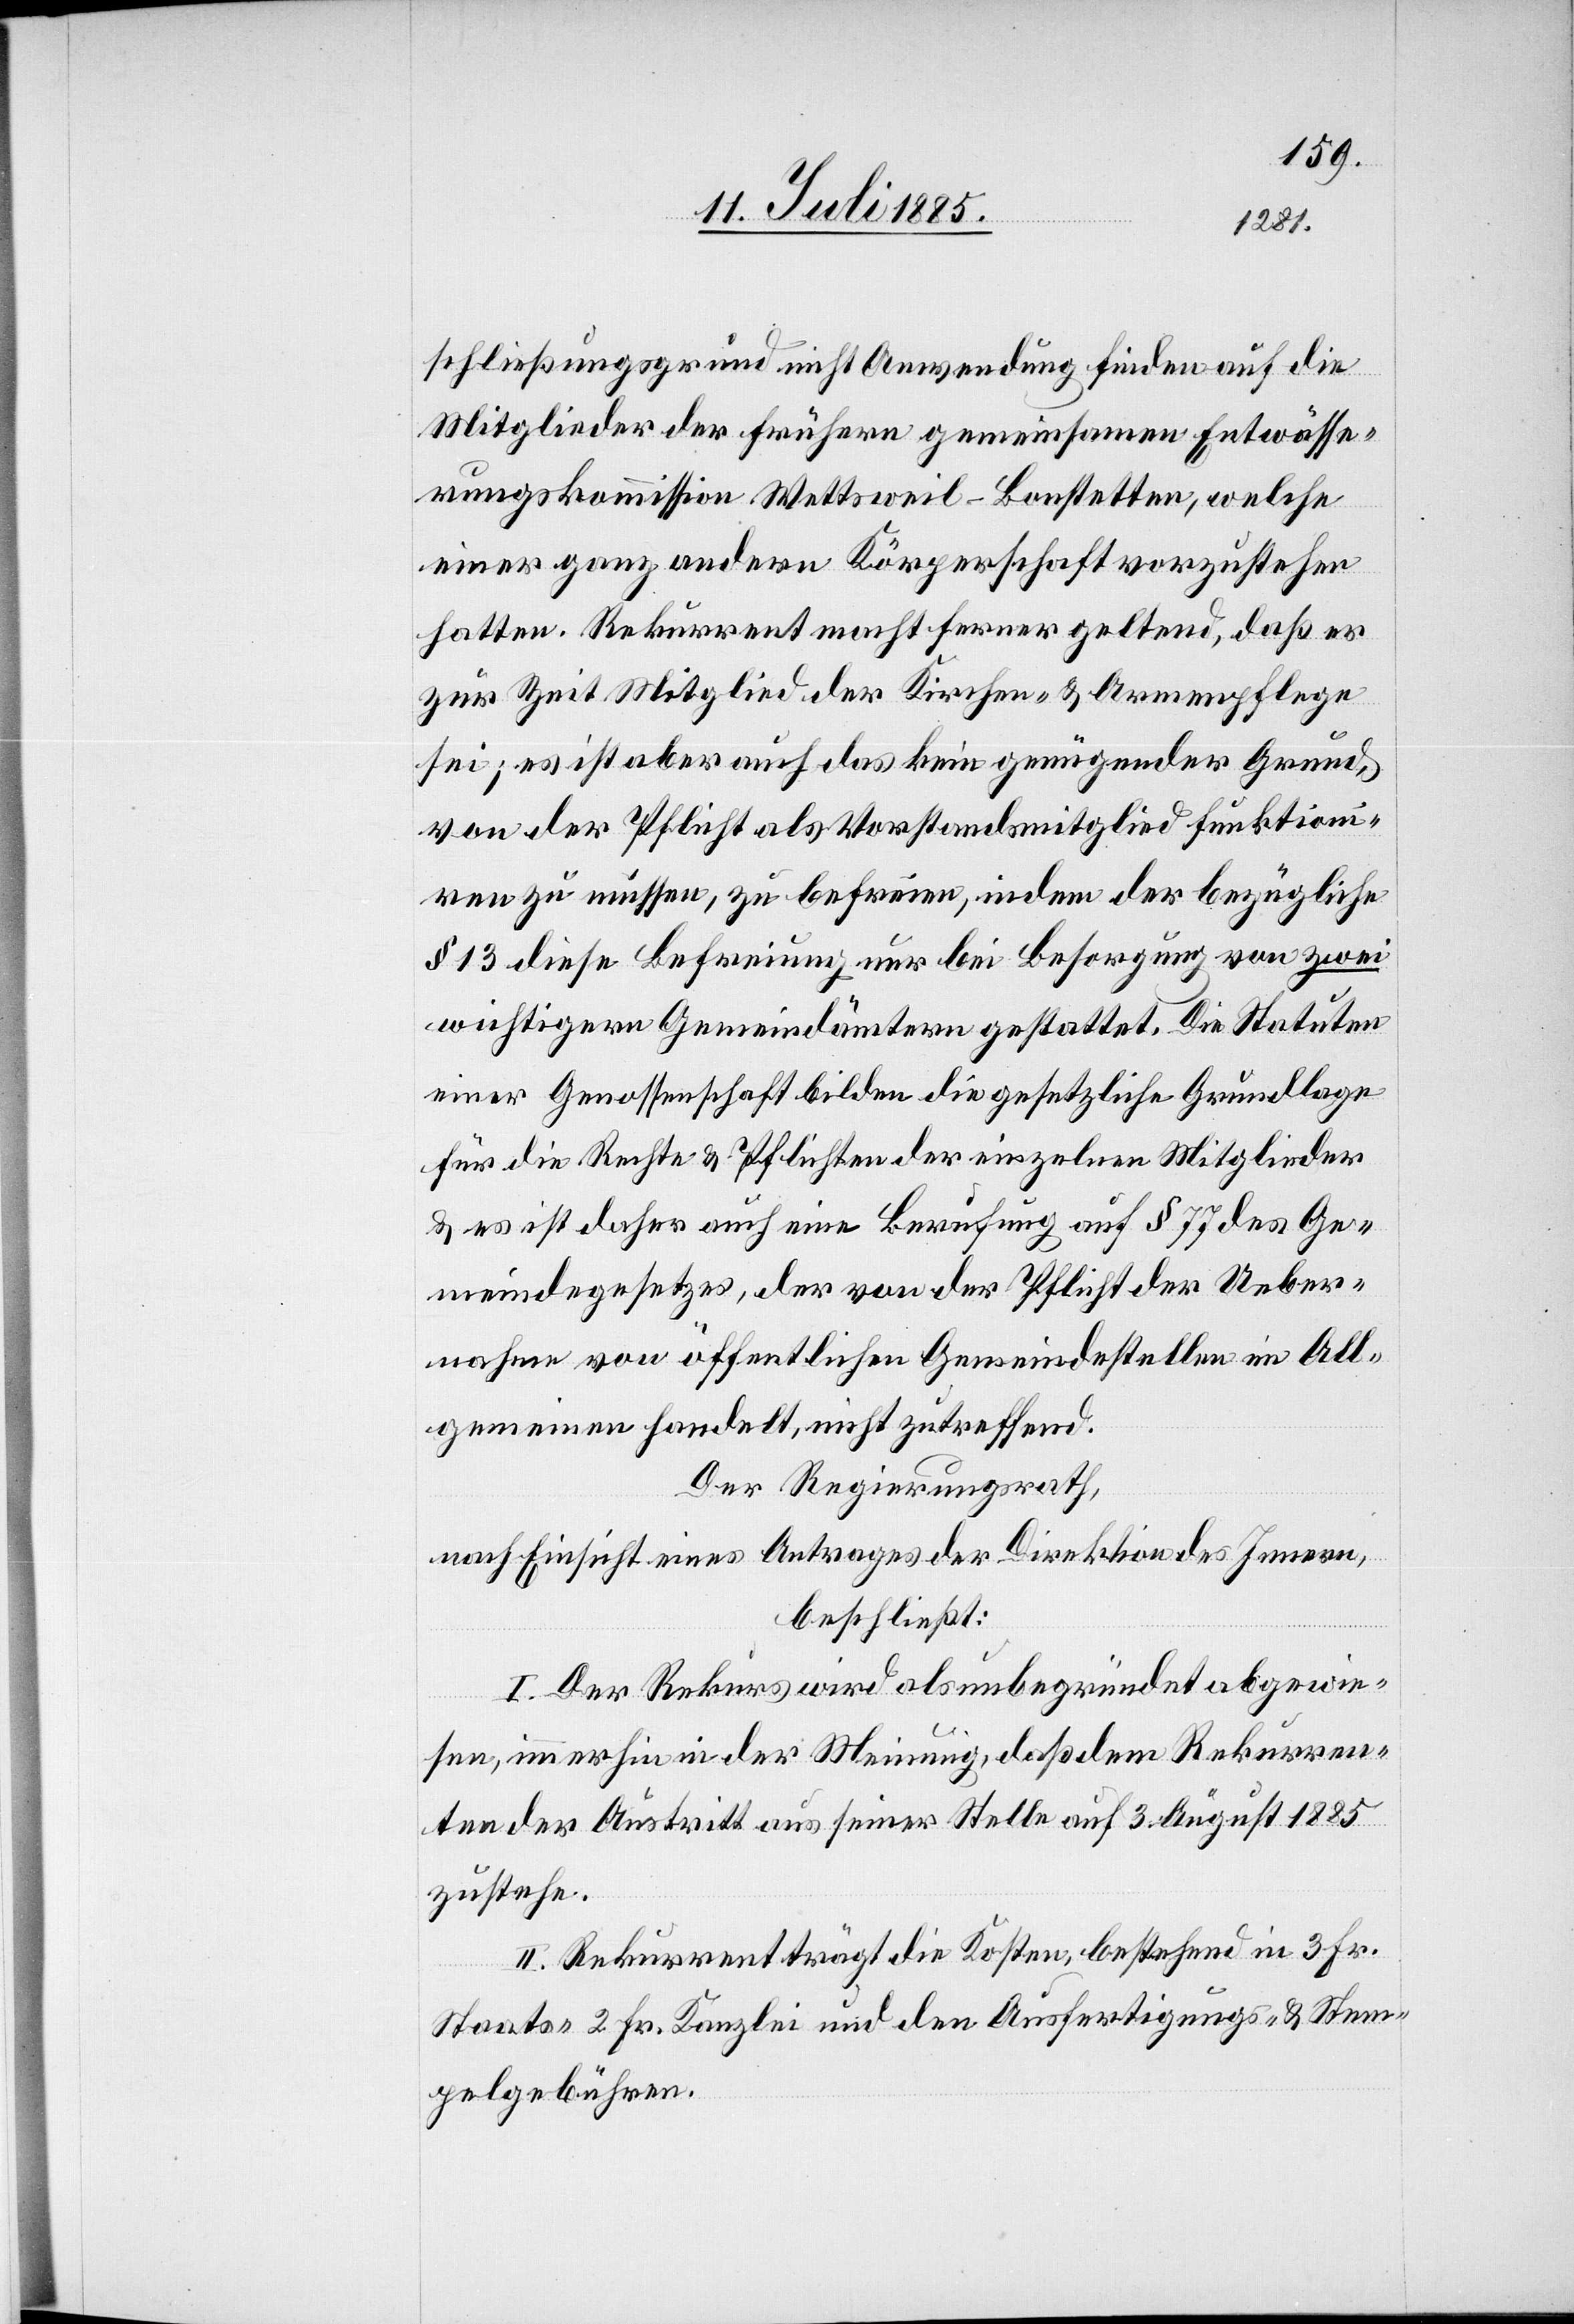
schließungsgrund nicht Anwendung finden auf die
Mitglieder der frühern gemeinsamen Entwässe¬
rungskommission Wettsweil - Bonstetten, welche
einer ganz andern Körperschaft vorzustehen
hatten. Rekurrent macht ferner geltend, daß er
zur Zeit Mitglied der Kirchen- & Armenpflege
sei; es ist aber auch das kein genügender Grund,
von der Pflicht als Vorstandsmitglied funktioni¬
ren zu müssen, zu befreien, indem der bezügliche
§ 13 diese Befreiung nur bei Besorgung von zwei
wichtigeren Gemeindämtern gestattet. Die Statuten
einer Genossenschaft bilden die gesetzliche Grundlage
für die Rechte & Pflichten der einzelnen Mitglieder
& es ist daher auch eine Berufung auf § 77 des Ge¬
meindegesetzes, der von der Pflicht der Ueber¬
nahme von öffentlichen Gemeindstellen im All¬
gemeinen handelt, nicht zutreffend.
Der Regierungsrath,
nach Einsicht eines Antrages der Direktion des Innern,
beschließt:
I. Der Rekurs wird als unbegründet abgewie¬
sen, immerhin in der Meinung, daß dem Rekurren¬
ten der Austritt aus seiner Stelle auf 3. August 1885
zustehe.
II. Rekurrent trägt die Kosten, bestehend in 3 Fr.
Staats-[,] 2 Fr. Kanzlei und den Ausfertigungs- & Stem¬
pelgebühren.